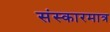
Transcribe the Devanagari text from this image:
संस्कारमात्र